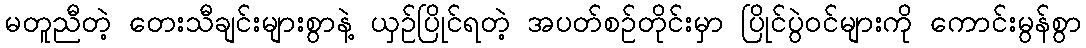
မတူညီတဲ့ တေးသီချင်းများစွာနဲ့ ယှဉ်ပြိုင်ရတဲ့ အပတ်စဉ်တိုင်းမှာ ပြိုင်ပွဲဝင်များကို ကောင်းမွန်စွာ